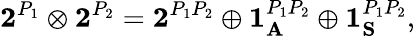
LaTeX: {\mathbf 2}^{P_{1}}\otimes{\mathbf 2}^{P_{2}}={\mathbf 2}^{P_{1}P_{2}}\oplus{\mathbf 1}_{\mathbf A}^{P_{1}P_{2}}\oplus{\mathbf 1}_{\mathbf S}^{P_{1}P_{2}},